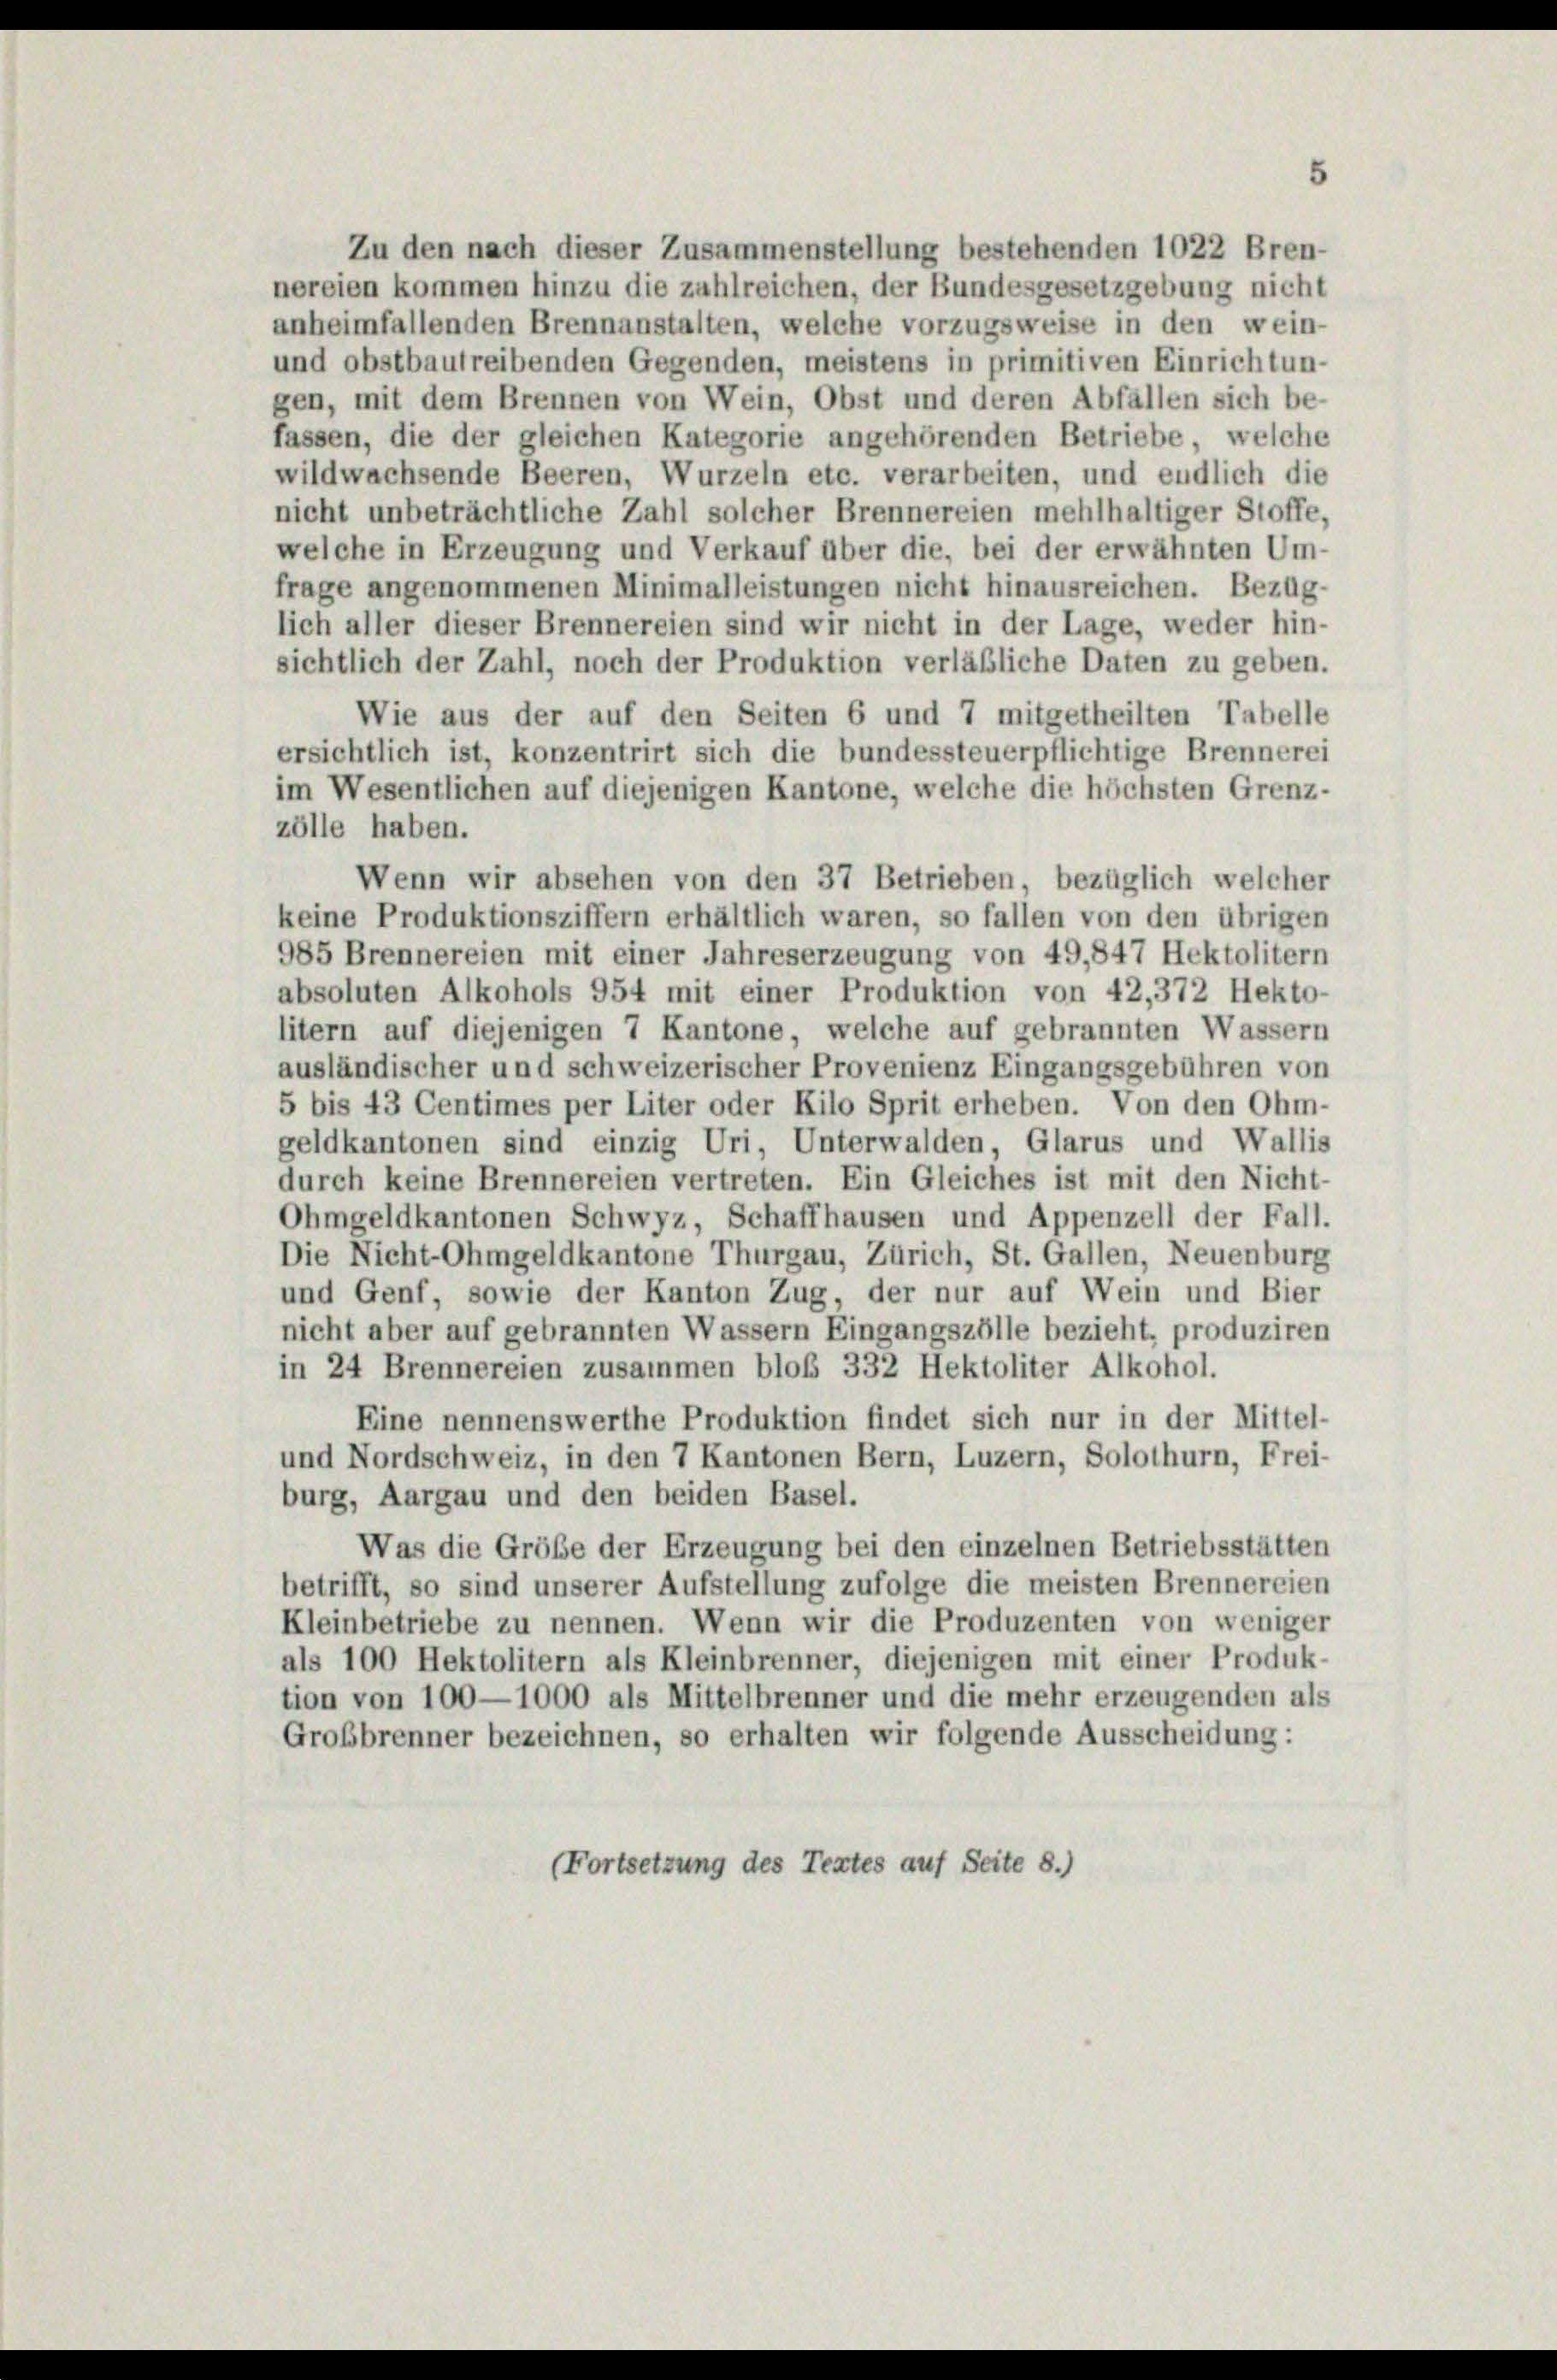
gen, mit dem Brennen von Wein, Obst und deren Abfällen sich be-
fassen, die der gleichen Kategorie angehörenden Betriebe, welche
wildwachsende Beeren, Wurzeln etc. verarbeiten, und endlich die
nicht unbeträchtliche Zahl solcher Brennereien mehlhaltiger Stoffe,
welche in Erzeugung und Verkauf über die, bei der erwähnten Um-
frage angenommenen Minimalleistungen nicht hinausreichen. Bezüg-
lich aller dieser Brennereien sind wir nicht in der Lage, weder hin-
sichtlich der Zahl, noch der Produktion verläßliche Daten zu geben.
Wie aus der auf den Seiten 6 und 7 mitgetheilten Tabelle
ersichtlich ist, konzentrirt sich die bundessteuerpflichtige Brennerei
im Wesentlichen auf diejenigen Kantone, welche die höchsten Grenz-
zölle haben.
Wenn wir absehen von den 37 Betrieben, bezüglich welcher
keine Produktionsziffern erhältlich waren, so fallen von den übrigen
985 Brennereien mit einer Jahreserzeugung von 49,847 Hektolitern
absoluten Alkohols 954 mit einer Produktion von 42,372 Hekto-
litern auf diejenigen 7 Kantone, welche auf gebrannten Wassern
ausländischer und schweizerischer Provenienz Eingangsgebühren von
5 bis 43 Centimes per Liter oder Kilo Sprit erheben. Von den Ohm-
geldkantonen sind einzig Uri, Unterwalden, Glarus und Wallis
durch keine Brennereien vertreten. Ein Gleiches ist mit den Nicht-
Ohmgeldkantonen Schwyz, Schaffhausen und Appenzell der Fall.
Die Nicht-Ohmgeldkantone Thurgau, Zürich, St. Gallen, Neuenburg
und Genf, sowie der Kanton Zug, der nur auf Wein und Bier
nicht aber auf gebrannten Wassern Eingangszölle bezieht, produziren
in 24 Brennereien zusammen bloß 332 Hektoliter Alkohol.
Eine nennenswerthe Produktion findet sich nur in der Mittel-
und Nordschweiz, in den 7 Kantonen Bern, Luzern, Solothurn, Frei-
burg, Aargau und den beiden Basel.
Was die Größe der Erzeugung bei den einzelnen Betriebsstätten
betrifft, so sind unserer Aufstellung zufolge die meisten Brennereien
Kleinbetriebe zu nennen. Wenn wir die Produzenten von weniger
als 100 Hektolitern als Kleinbrenner, diejenigen mit einer Produk-
tion von 100—1000 als Mittelbrenner und die mehr erzeugenden als
Großbrenner bezeichnen, so erhalten wir folgende Ausscheidung:
(Fortsetzung des Textes auf Seite 8.)

Zu den nach dieser Zusammenstellung bestehenden 1022 Bren-
nereien kommen hinzu die zahlreichen, der Bundesgesetzgebung nicht
anheimfallenden Brennanstalten, welche vorzugsweise in den wein-
und obstbautreibenden Gegenden, meistens in primitiven Einrichtun-